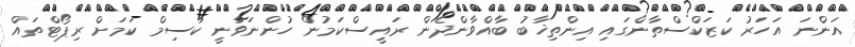
އަންނަ އަހަރު ކަޒަކްސްތާންގައި އިންތިޚާބު ބާއްވާންދެން ރައީސްކަމުން ހުންނަވާނީ ކާސިމް ކަމަށް ރިޕޯޓްތައް